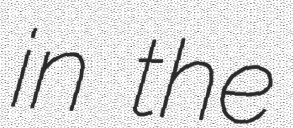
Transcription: in the